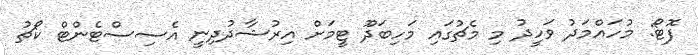
ފޮޓޯ: މުހައްމަދު ވަހީދު މި މެޗުގައި މަހިބަދޫ ޓީމަށް އިރުޝާދުދިނީ އެސިސްޓެންޓް ކޯޗު